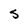
Character: S